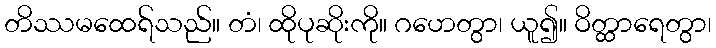
တိဿမထေရ်သည်။ တံ၊ ထိုပုဆိုးကို။ ဂဟေတွာ၊ ယူ၍။ ဝိတ္ထာရေတွာ၊